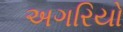
અગરિયો